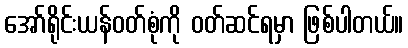
အော်ရိုင်းယန်ဝတ်စုံကို ဝတ်ဆင်ရမှာ ဖြစ်ပါတယ်။